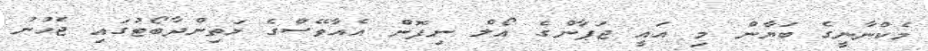
މެކްނާނީގެ ބަޔާން މި އައީ ޖަޕާންގެ އޯލް ނިޕޮން އެއާވޭސްގެ މަތިންދާބޯޓުގައި ޖެހުނު